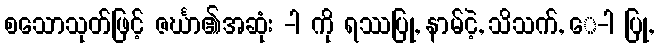
စသောသုတ်ဖြင့် ဇင်္ဃာ၏အဆုံး -ါ ကို ရဿပြု, နာမ်ငဲ့, သိသက်, ေ-ါ ပြု,